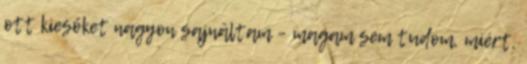
ott kiesőket nagyon sajnáltam – magam sem tudom, miért,